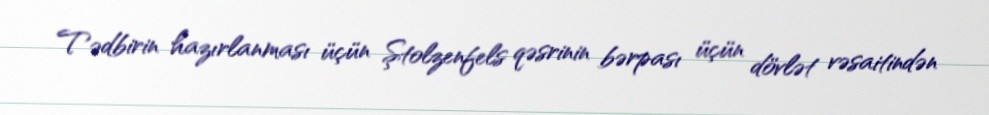
Tədbirin hazırlanması üçün Ştolzenfels qəsrinin bərpası üçün dövlət vəsaitindən